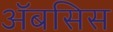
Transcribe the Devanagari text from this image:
अॅबसिस